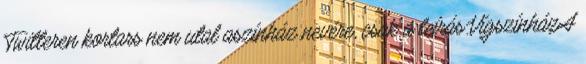
Twitteren kortars nem utal aszínház nevére, csak a leírás.VígszínházA